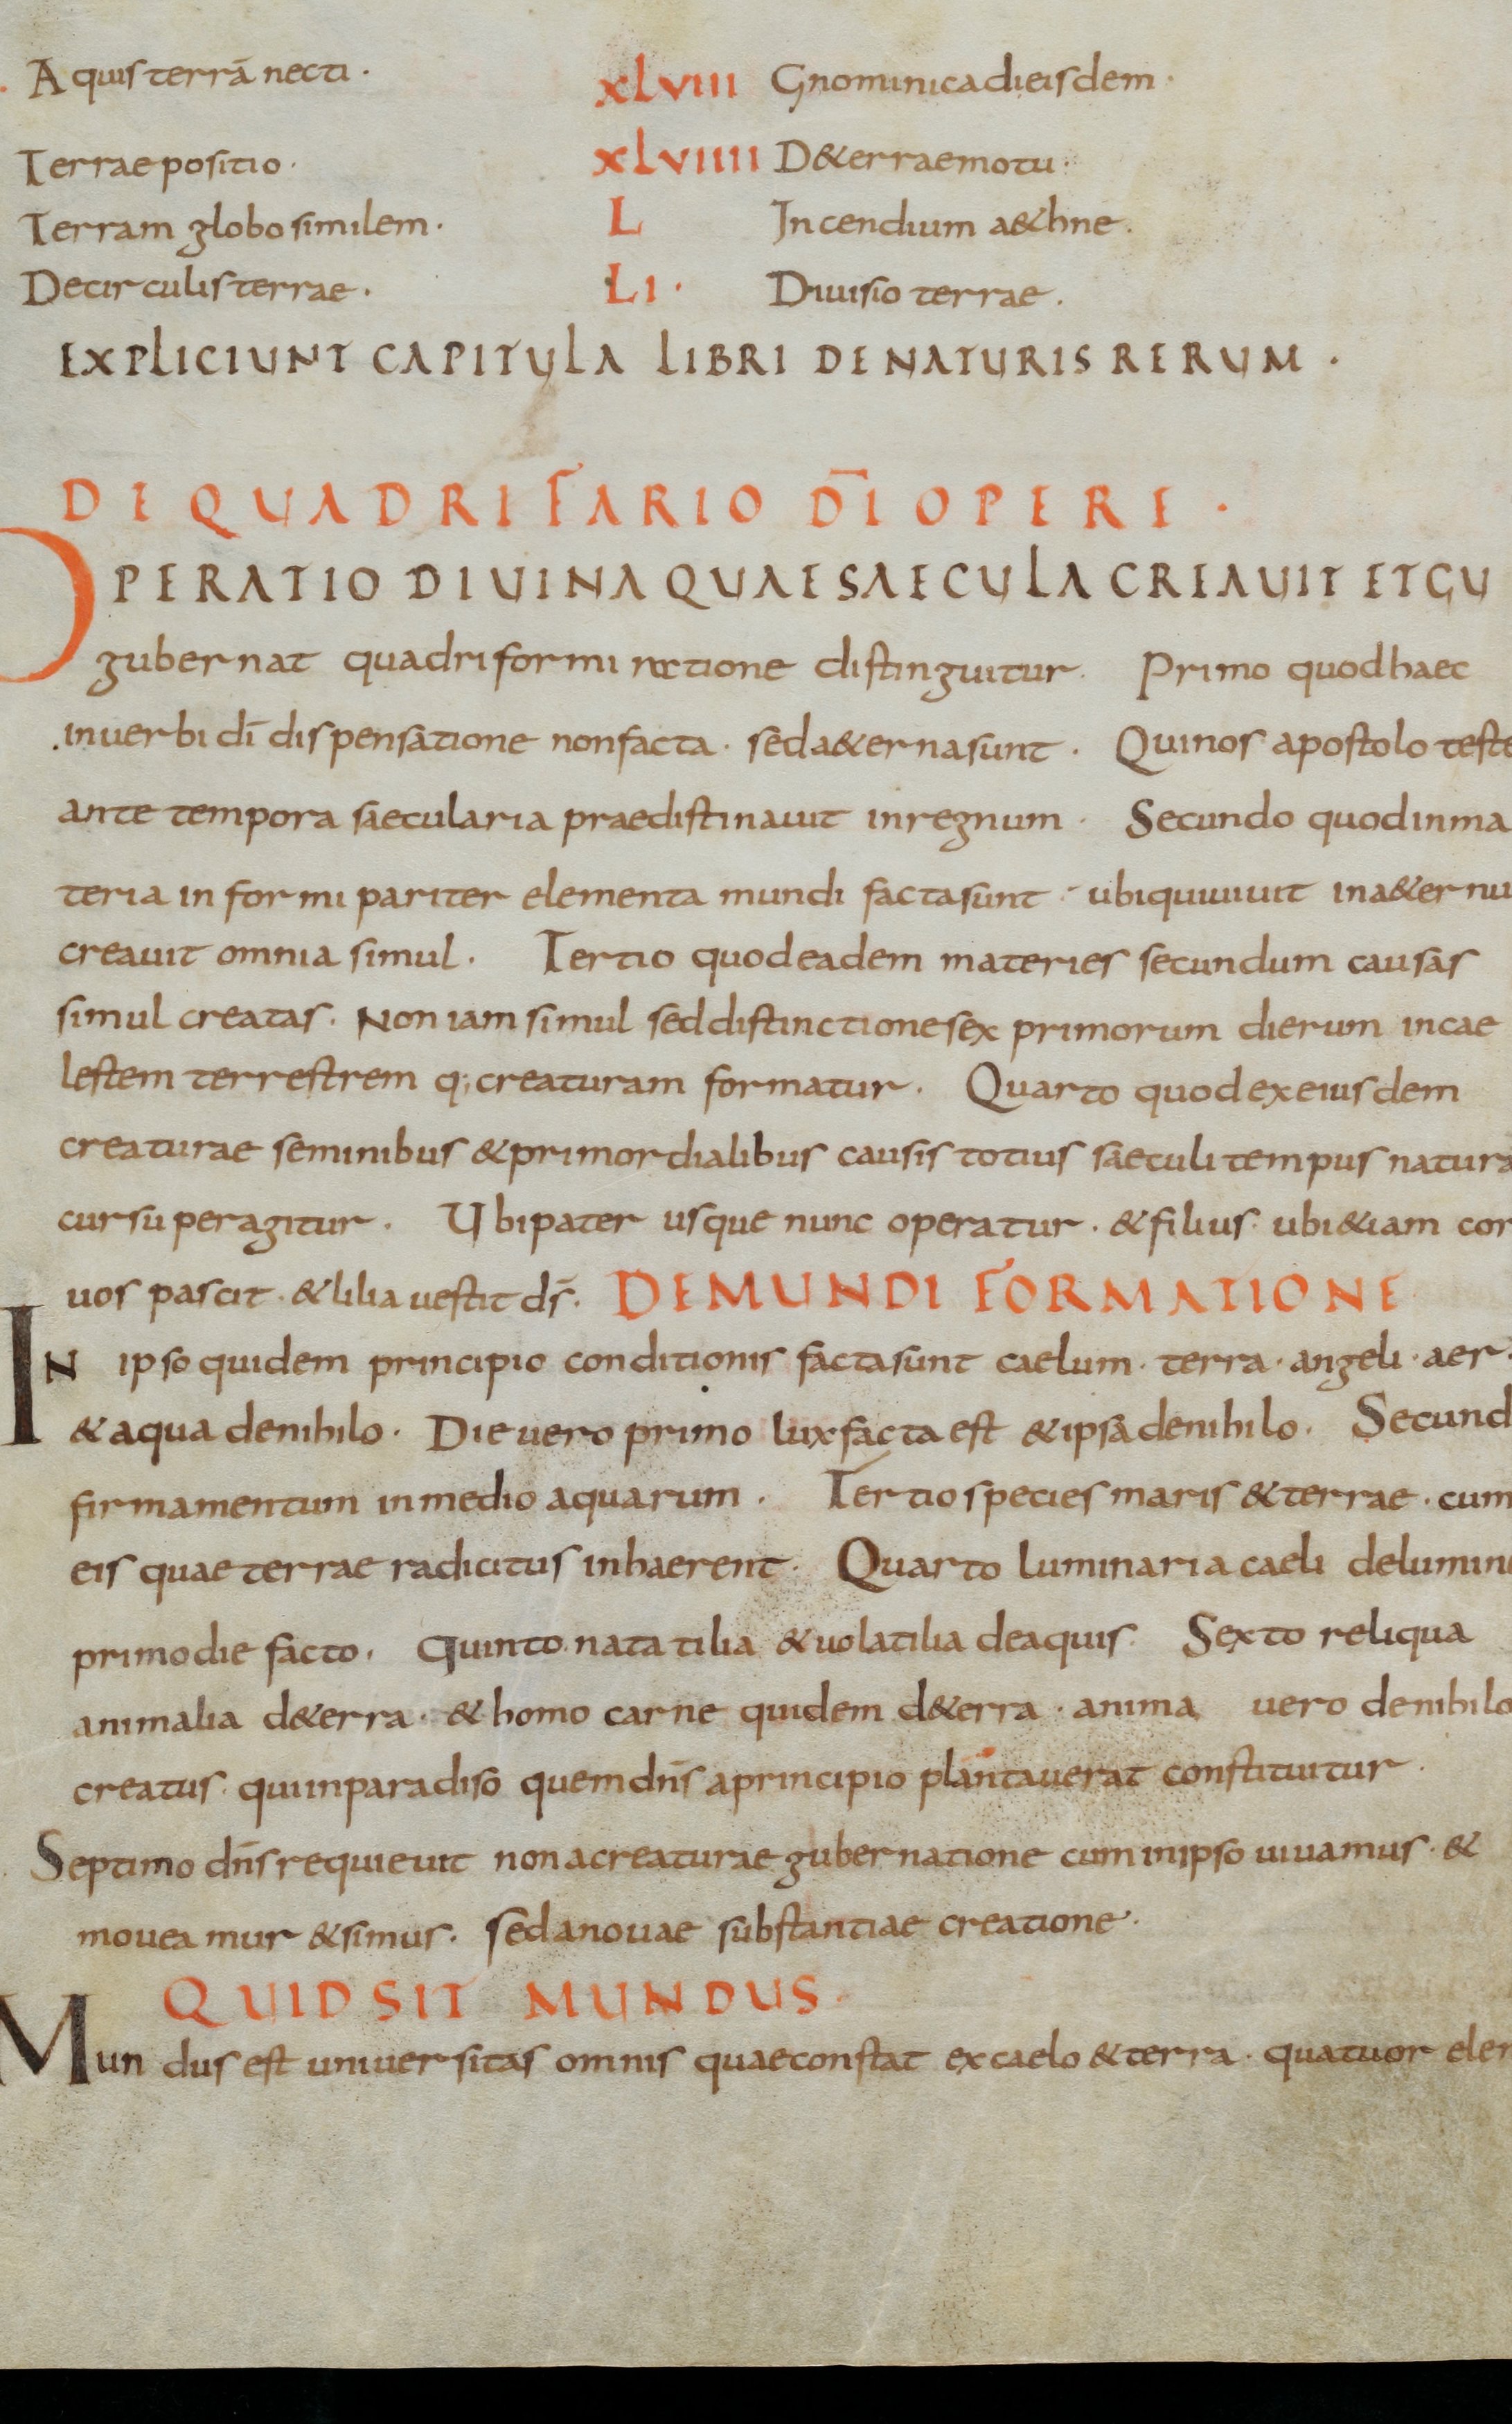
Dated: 835–865